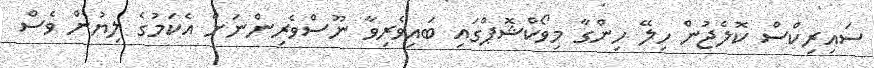
ސައިރިކްސް ކޮލެޖުން ހިލޭ ހިންގާ މިވޯކްޝޮޕްގައި ބައިވެރިވާ ނޫސްވެރިންނަށް އެކަމުގެ ލިޔުން ވެސް